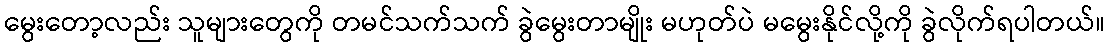
မွေးတော့လည်း သူများတွေကို တမင်သက်သက် ခွဲမွေးတာမျိုး မဟုတ်ပဲ မမွေးနိုင်လို့ကို ခွဲလိုက်ရပါတယ်။